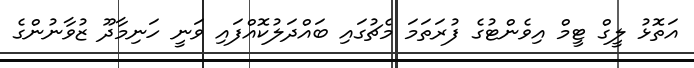
އަތޮޅު ލީގް ޓީމް އިވެންޓުގެ ފުރަތަމަ މެޗުގައި ބައްދަލުކޮއްފައި ވަނީ ހަނިމާދޫ ޒުވާނުންގެ